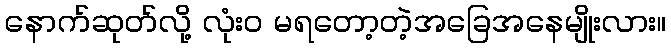
နောက်ဆုတ်လို့ လုံး၀ မရတော့တဲ့အခြေအနေမျိုးလား။